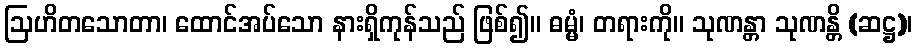
ဩဟိတသောတာ၊ ထောင်အပ်သော နားရှိကုန်သည် ဖြစ်၍။ ဓမ္မံ၊ တရားကို။ သုဏန္တာ သုဏန္တိ (ဆဋ္ဌ)၊